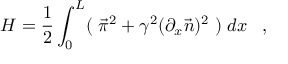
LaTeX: H = \frac { 1 } { 2 } \int _ { 0 } ^ { L } ( \; \vec { \pi } ^ { 2 } + { \gamma } ^ { 2 } ( \partial _ { x } \vec { n } ) ^ { 2 } \; ) \; d x \; \; \; ,